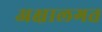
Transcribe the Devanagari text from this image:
अक्षालगत